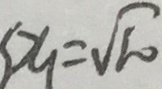
S x _ { 1 } = \sqrt { 1 0 }